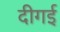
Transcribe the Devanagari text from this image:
दीगई